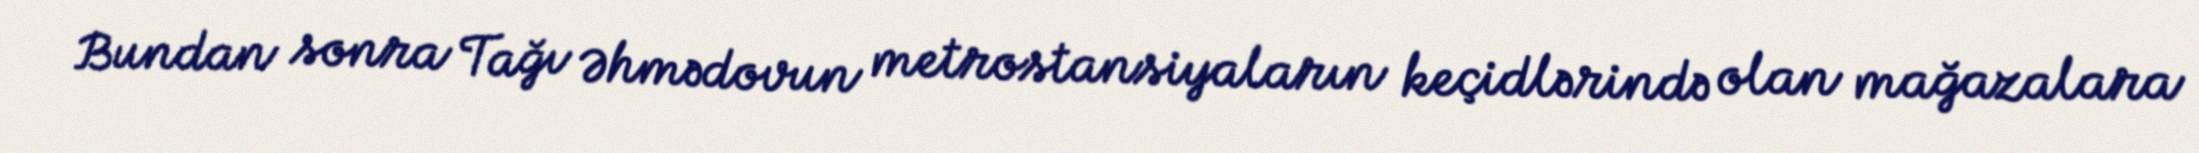
Bundan sonra Tağı Əhmədovun metrostansiyaların keçidlərində olan mağazalara